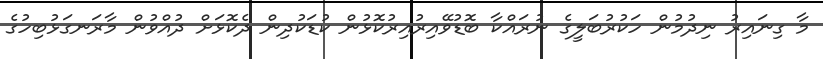
މާ ގިނައިރު ނިދުމުން ހަކުރުބަލީގެ ނުރައްކާ ބޮޑުވޭއިރުއިރުކޮޅުން ކުޑަކުދިން ދެކޮޅަށް ދުއްވުން މާރަނގަޅުބިހުގެ